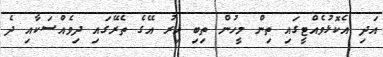
އަދި އެކޮޅުވެއްޓީގައި ތިން މީހުން ތިބި އިރު އޭގެ ތެރޭގައި ދިވެއްސަކާއި ދެ